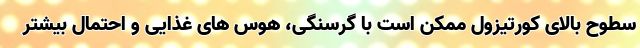
سطوح بالای کورتیزول ممکن است با گرسنگی، هوس های غذایی و احتمال بیشتر